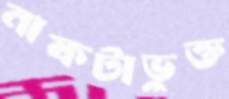
নাফটাভুক্ত